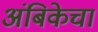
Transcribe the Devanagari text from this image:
अंबिकेचा